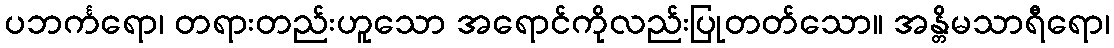
ပဘင်္ကရော၊ တရားတည်းဟူသော အရောင်ကိုလည်းပြုတတ်သော။ အန္တိမသာရီရော၊